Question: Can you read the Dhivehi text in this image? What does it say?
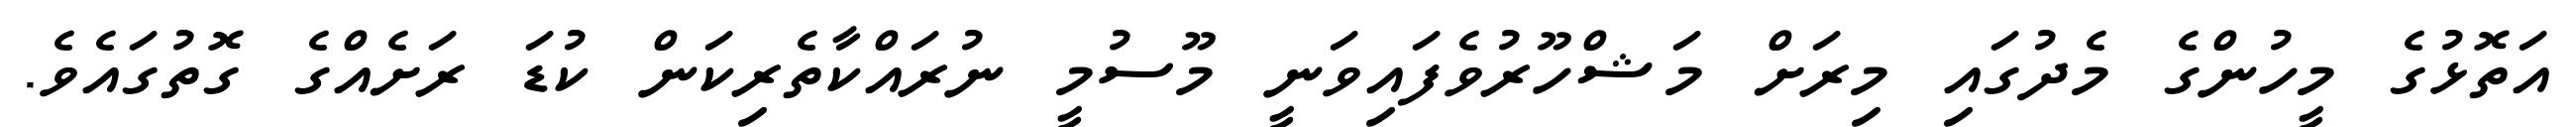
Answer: އަތޮޅުގެ މީހުންގެ މެދުގައި މިރަށް މަޝްހޫރުވެފައިވަނީ މޫސުމީ ނުރައްކާތެރިކަން ކުޑަ ރަށެއްގެ ގޮތުގައެވެ.